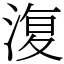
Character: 𣸪